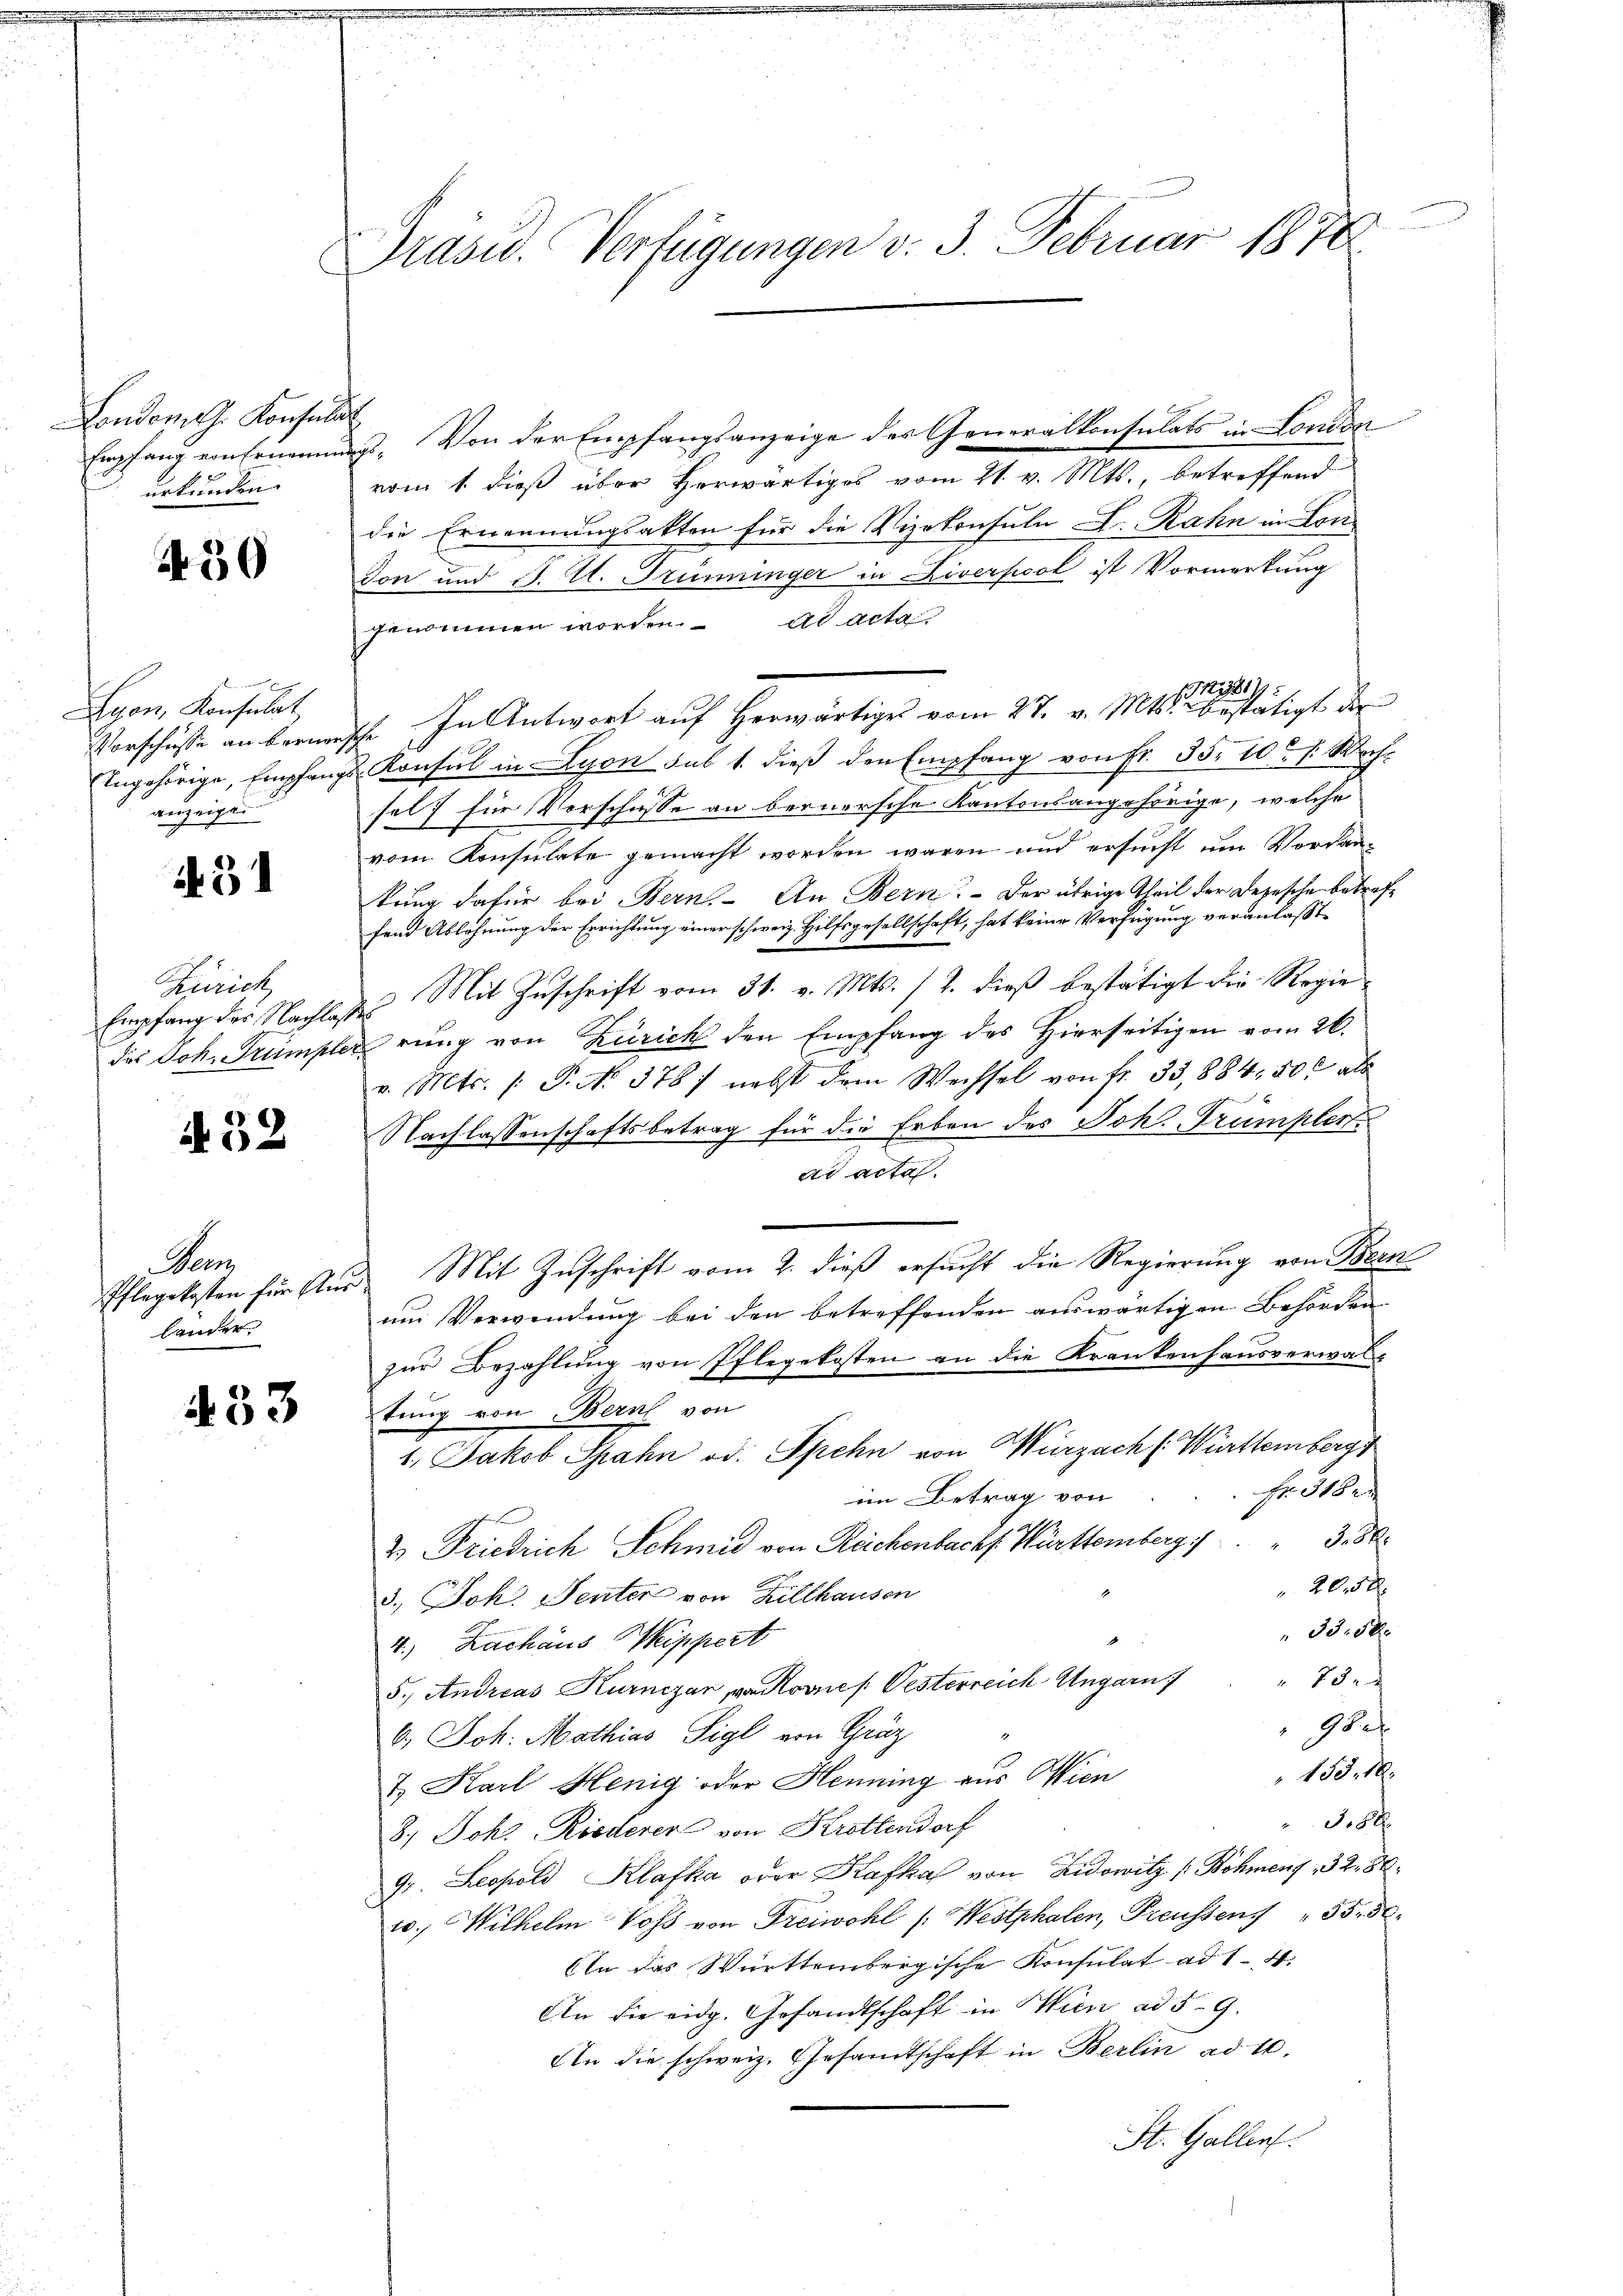
Fondern J. Konsult
urkunden.

450

.
Lyon, Konsulat,
Vorschüsse an Berner
ngehörige, Empfang
anzeigen

431

Zürich
Empfang der Nachlasses
das Joh. Trumple

32

Dam
länders

433

Präsid.. Verfügungen v. 3. Februar 1870

Empfang von Ernennung. Von der Empfangsanzeige des Generalkonsulats in London
vom 1. dieß über herwärtiges vom 21. v. Mts., betreffend
die Ernennungsakten für die Vizekonsuln L. Rahn in Lon
don und J. A. Trüninger in Liverpool ist Vormerkung
genommen worden. ad acta,
381
Ich. In Antwort auf herwärtiges vom 27. v. Mts. bestätigt der
2. Konsul in Lyon sub 1. dieß den Empfang von Fr. 35. 10. Woch
selt für Vorschasse an bernersche Kantonsangehörige, welche
vom Konsulate gemacht worden waren und ersucht um Vordankung dafür bei Bern. An Bern. Der übrige Theil der Depesche betreffend Ablehnung der Errichtung einer schweiz. Hilfsgesellschaft, hat keine Verfügung veranlaßte
Mit Zuschrift vom 31. v. Mts. 12. dieß bestätigt die Regiedrung von Zürich den Empfang des Hierseitigen vom 26.
v. Mts. /: P. No. 378 nebst dem Wechsel von fr. 33,884. 50. als
x
Nachlassenschaftsbetrag für die Erben des Joh. Trumpler
ad acta
Pflegekosten für Aus Mit Zuschrift vom 2. dieß ersucht die Regierung von Bern
um Verwendung bei den betreffenden auswärtigen Behörden
zur Bezahlung von Pflegekosten an die Krankenhausverwal-
tung von Bern von
1., Jakob Spahn od. Spehn von Wurzach Württemberg
 11
im Betrag von
2 Friedrich Schmid von Reichenbachs Württemberg      "   3. 80
20,5 x
3.) Joh. Senter von Billhausen
33. 58
4.) Zachaus Wippert
28.
5., Andreas Kurnezar, von Roviel Vesterreich Ungarn
Gef
6.) Joh. Mathias Sigl von Gräz
155. 10.
7. Karl Henig oder Henning aus Wien
38 x
8.) Joh. Riederer von Krottendorf
97. Leopold Klafka oder Kafka von Lidowitz (Böhmen, 32. 86.
co. Wilhelm Voss von Freiwohl /: Westphalen, Preussen, " 55. 50.
An das Württembergische Konsulat ad 1-4.
An die eidg. Gesandtschaft in Wien ad 59.
An die schweiz. Gesamtschaft in Berlin ad 10.
St. Gallen.